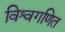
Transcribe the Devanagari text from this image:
विश्वगणित